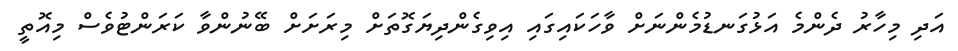
އަދި މިހާރު ދެންމެ އަޅުގަނޑުމެންނަށް ވާހަކައިގައި އިވިގެންދިޔަގޮތަށް މިރަށަށް ބޭނުންވާ ކަރަންޓުވެސް މިއޮތީ